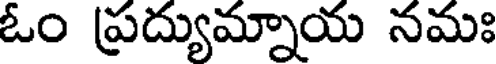
ఓం ప్రద్యుమ్నాయ నమః